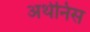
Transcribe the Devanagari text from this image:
अथेनिस